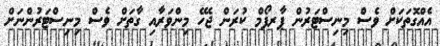
އެއްގޮތަކަށް ވެސް މިނިސްޓަރުން ޕާރފޯމް ކުރަން ޖެހޭ މިންވަރާއި ގާތަށް ވެސް މިނިސްޓަރުންނަށް